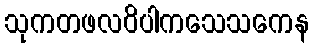
သုကတဖလဝိပါကသေသကေန